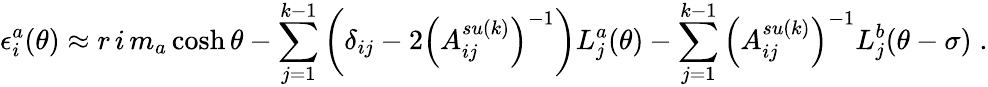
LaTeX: \epsilon_{i}^{a}(\theta)\approx r\, i\, m_{a}\cosh\theta-\sum_{j=1}^{k-1}\left(\delta_{ij}-2\left(A_{ij}^{su(k)}\right)^{-1}\right)L_{j}^{a}(\theta)-\sum_{j=1}^{k-1}\left(A_{ij}^{su(k)}\right)^{-1}L_{j}^{b}(\theta-\sigma)\; .